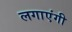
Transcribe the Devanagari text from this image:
लगाएंगी